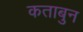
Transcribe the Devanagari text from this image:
कताबुन